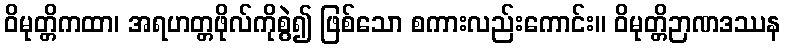
ဝိမုတ္တိကထာ၊ အရဟတ္တဖိုလ်ကိုစွဲ၍ ဖြစ်သော စကားလည်းကောင်း။ ဝိမုတ္တိဉာဏဒဿန